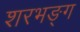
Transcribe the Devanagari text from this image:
शरभङ्ग